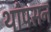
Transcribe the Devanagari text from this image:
थांपसन